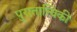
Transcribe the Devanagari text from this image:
पुरातात्त्विकी